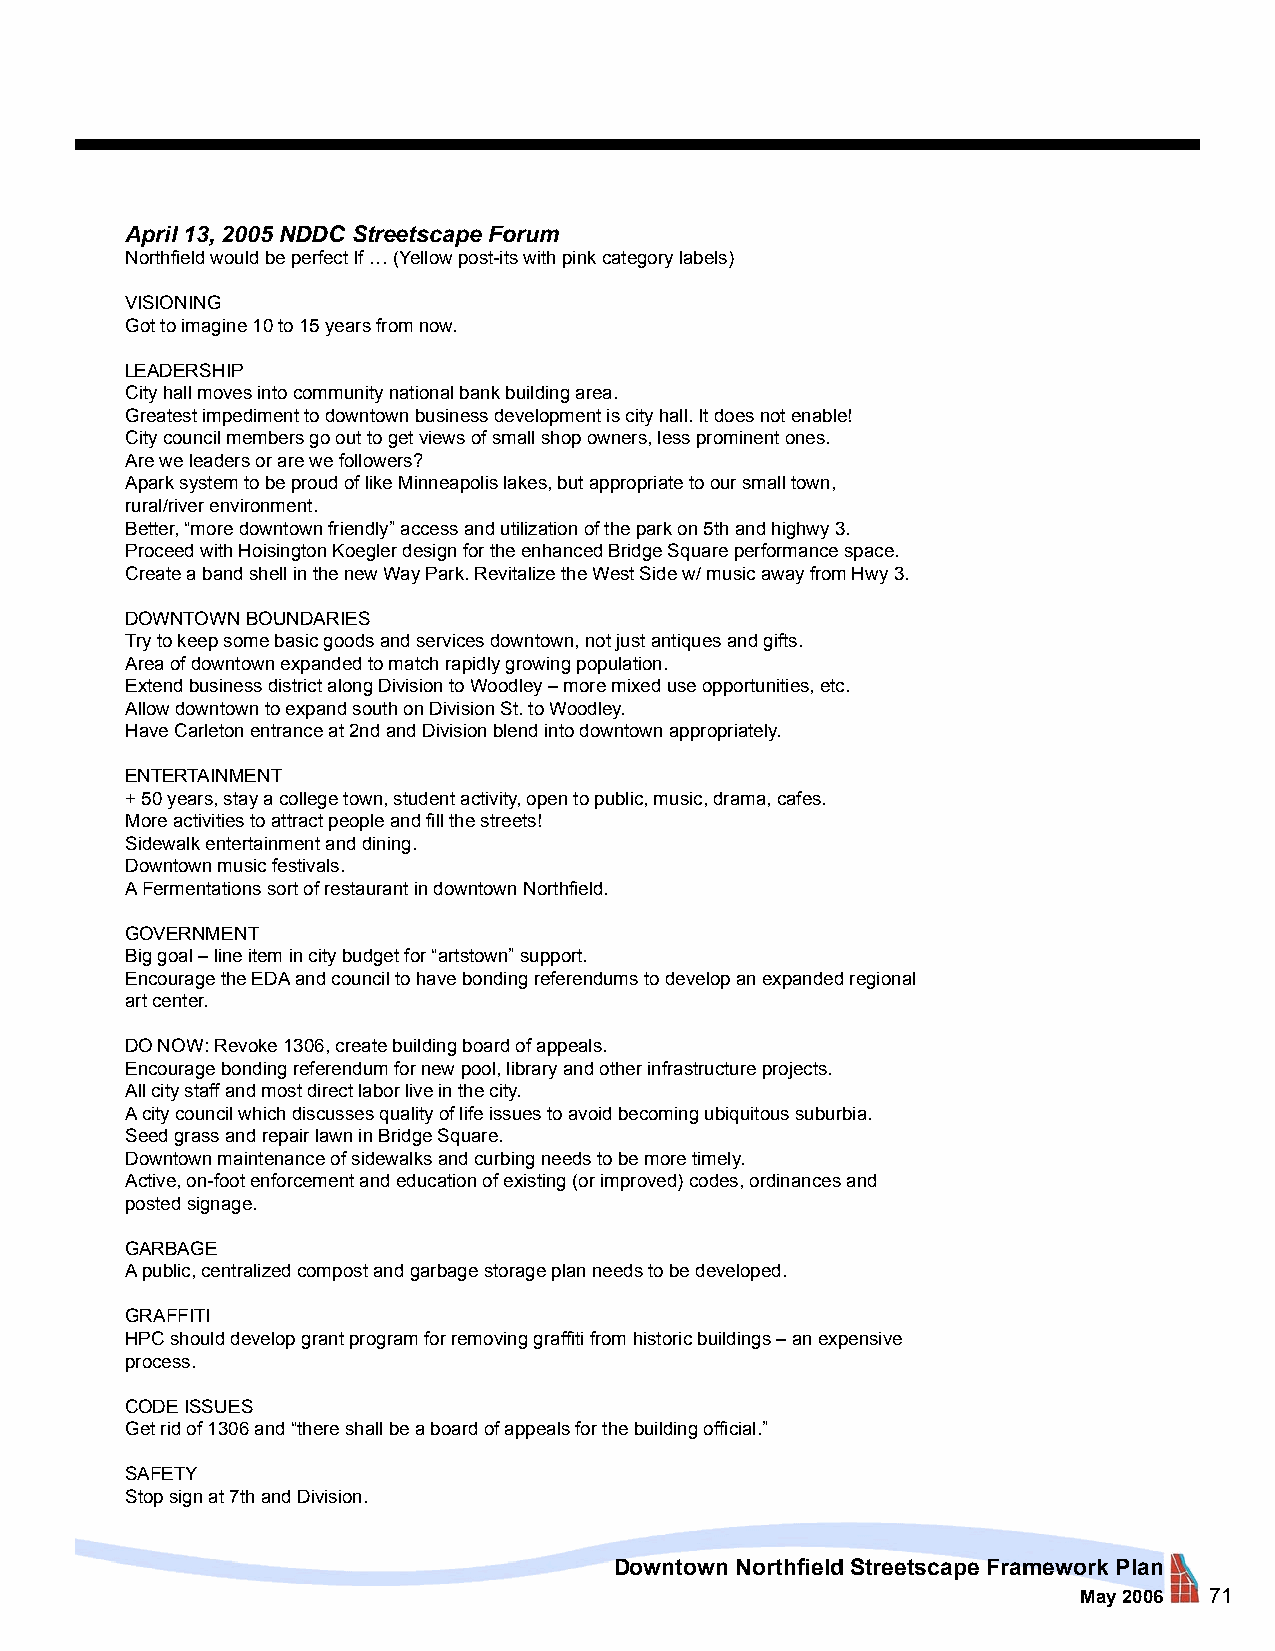
April 13, 2005 NDDC Streetscape Forum
 Northfield would be perfect If … (Yellow post-its with pink category labels)
 VISIONING
 Got to imagine 10 to 15 years from now.
 LEADERSHIP
 City hall moves into community national bank building area.
 Greatest impediment to downtown business development is city hall. It does not enable!
 City council members go out to get views of small shop owners, less prominent ones.
 Are we leaders or are we followers?
 Apark system to be proud of like Minneapolis lakes, but appropriate to our small town,
 rural/river environment.
 Better, “more downtown friendly” access and utilization of the park on 5th and highwy 3.
 Proceed with Hoisington Koegler design for the enhanced Bridge Square performance space.
 Create a band shell in the new Way Park. Revitalize the West Side w/ music away from Hwy 3.
 DOWNTOWN BOUNDARIES
 Try to keep some basic goods and services downtown, not just antiques and gifts.
 Area of downtown expanded to match rapidly growing population.
 Extend business district along Division to Woodley – more mixed use opportunities, etc.
 Allow downtown to expand south on Division St. to Woodley.
 Have Carleton entrance at 2nd and Division blend into downtown appropriately.
 ENTERTAINMENT
 + 50 years, stay a college town, student activity, open to public, music, drama, cafes.
 More activities to attract people and fill the streets!
 Sidewalk entertainment and dining.
 Downtown music festivals.
 A Fermentations sort of restaurant in downtown Northfield.
 GOVERNMENT
 Big goal – line item in city budget for “artstown” support.
 Encourage the EDA and council to have bonding referendums to develop an expanded regional
 art center.
 DO NOW: Revoke 1306, create building board of appeals.
 Encourage bonding referendum for new pool, library and other infrastructure projects.
 All city staff and most direct labor live in the city.
 A city council which discusses quality of life issues to avoid becoming ubiquitous suburbia.
 Seed grass and repair lawn in Bridge Square.
 Downtown maintenance of sidewalks and curbing needs to be more timely.
 Active, on-foot enforcement and education of existing (or improved) codes, ordinances and
 posted signage.
 GARBAGE
 A public, centralized compost and garbage storage plan needs to be developed.
 GRAFFITI
 HPC should develop grant program for removing graffiti from historic buildings – an expensive
 process.
 CODE ISSUES
 Get rid of 1306 and “there shall be a board of appeals for the building official.”
 SAFETY
 Stop sign at 7th and Division.
 Downtown Northfield Streetscape Framework Plan
 May 2006 71